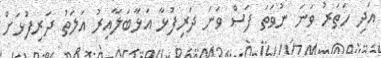
އަދި ހަތަރު ވަނަ ނުވަތަ ފަސް ވަނަ ދަރިފުޅާ އަޅާބަލާއިރު އަލަތު ދަރިފުޅަށް